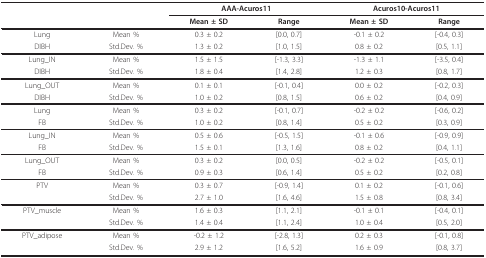
<table><thead><tr><td></td><td></td><td colspan="2"><b>AAA-Acuros11</b></td><td colspan="2"><b>Acuros10-Acuros11</b></td></tr><tr><td></td><td></td><td><b>Mean ± SD</b></td><td><b>Range</b></td><td><b>Mean ± SD</b></td><td><b>Range</b></td></tr></thead><tbody><tr><td>Lung</td><td>Mean %</td><td>0.3 ± 0.2</td><td>[0.0, 0.7]</td><td>-0.1 ± 0.2</td><td>[-0.4, 0.3]</td></tr><tr><td>DIBH</td><td>Std.Dev. %</td><td>1.3 ± 0.2</td><td>[1.0, 1.5]</td><td>0.8 ± 0.2</td><td>[0.5, 1.1]</td></tr><tr><td>Lung_IN</td><td>Mean %</td><td>1.5 ± 1.5</td><td>[-1.3, 3.3]</td><td>-1.3 ± 1.1</td><td>[-3.5, 0.4]</td></tr><tr><td>DIBH</td><td>Std.Dev. %</td><td>1.8 ± 0.4</td><td>[1.4, 2.8]</td><td>1.2 ± 0.3</td><td>[0.8, 1.7]</td></tr><tr><td>Lung_OUT</td><td>Mean %</td><td>0.1 ± 0.1</td><td>[-0.1, 0.4]</td><td>0.0 ± 0.2</td><td>[-0.2, 0.3]</td></tr><tr><td>DIBH</td><td>Std.Dev. %</td><td>1.0 ± 0.2</td><td>[0.8, 1.5]</td><td>0.6 ± 0.2</td><td>[0.4, 0.9]</td></tr><tr><td>Lung</td><td>Mean %</td><td>0.3 ± 0.2</td><td>[-0.1, 0.7]</td><td>-0.2 ± 0.2</td><td>[-0.6, 0.2]</td></tr><tr><td>FB</td><td>Std.Dev. %</td><td>1.0 ± 0.2</td><td>[0.8, 1.4]</td><td>0.5 ± 0.2</td><td>[0.3, 0.9]</td></tr><tr><td>Lung_IN</td><td>Mean %</td><td>0.5 ± 0.6</td><td>[-0.5, 1.5]</td><td>-0.1 ± 0.6</td><td>[-0.9, 0.9]</td></tr><tr><td>FB</td><td>Std.Dev. %</td><td>1.5 ± 0.1</td><td>[1.3, 1.6]</td><td>0.8 ± 0.2</td><td>[0.4, 1.1]</td></tr><tr><td>Lung_OUT</td><td>Mean %</td><td>0.3 ± 0.2</td><td>[0.0, 0.5]</td><td>-0.2 ± 0.2</td><td>[-0.5, 0.1]</td></tr><tr><td>FB</td><td>Std.Dev. %</td><td>0.9 ± 0.3</td><td>[0.6, 1.4]</td><td>0.5 ± 0.2</td><td>[0.2, 0.8]</td></tr><tr><td>PTV</td><td>Mean %</td><td>0.3 ± 0.7</td><td>[-0.9, 1.4]</td><td>0.1 ± 0.2</td><td>[-0.1, 0.6]</td></tr><tr><td></td><td>Std.Dev. %</td><td>2.7 ± 1.0</td><td>[1.6, 4.6]</td><td>1.5 ± 0.8</td><td>[0.8, 3.4]</td></tr><tr><td>PTV_muscle</td><td>Mean %</td><td>1.6 ± 0.3</td><td>[1.1, 2.1]</td><td>-0.1 ± 0.1</td><td>[-0.4, 0.1]</td></tr><tr><td></td><td>Std.Dev. %</td><td>1.4 ± 0.4</td><td>[1.1, 2.4]</td><td>1.0 ± 0.4</td><td>[0.5, 2.0]</td></tr><tr><td>PTV_adipose</td><td>Mean %</td><td>-0.2 ± 1.2</td><td>[-2.8, 1.3]</td><td>0.2 ± 0.3</td><td>[-0.1, 0.8]</td></tr><tr><td></td><td>Std.Dev. %</td><td>2.9 ± 1.2</td><td>[1.6, 5.2]</td><td>1.6 ± 0.9</td><td>[0.8, 3.7]</td></tr></tbody></table>